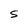
Character: S